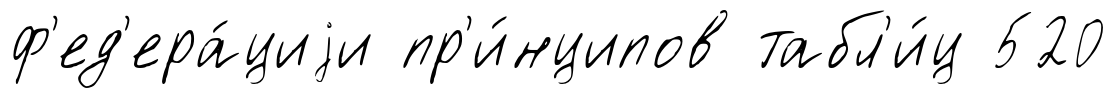
ф'ед'ера́циjи пр'и́нципов табл'и́ц 520